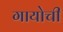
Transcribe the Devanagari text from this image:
गायोची